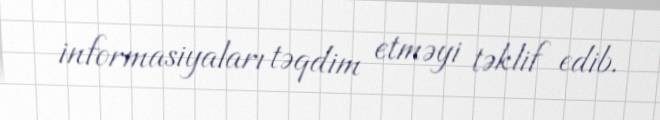
informasiyaları təqdim etməyi təklif edib.